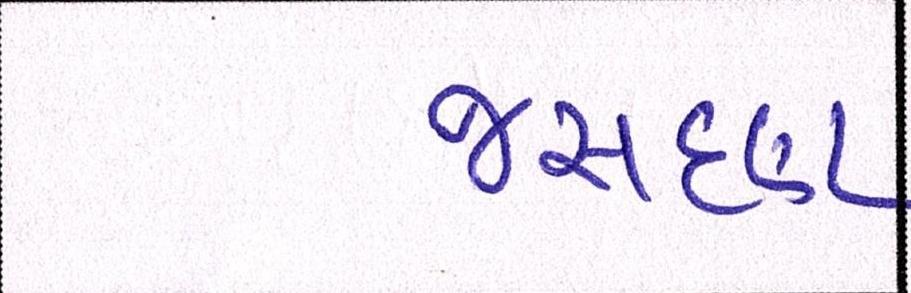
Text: જસદણ